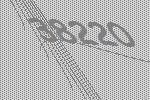
38220